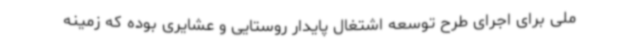
ملی برای اجرای طرح توسعه اشتغال پایدار روستایی و عشایری بوده که زمینه